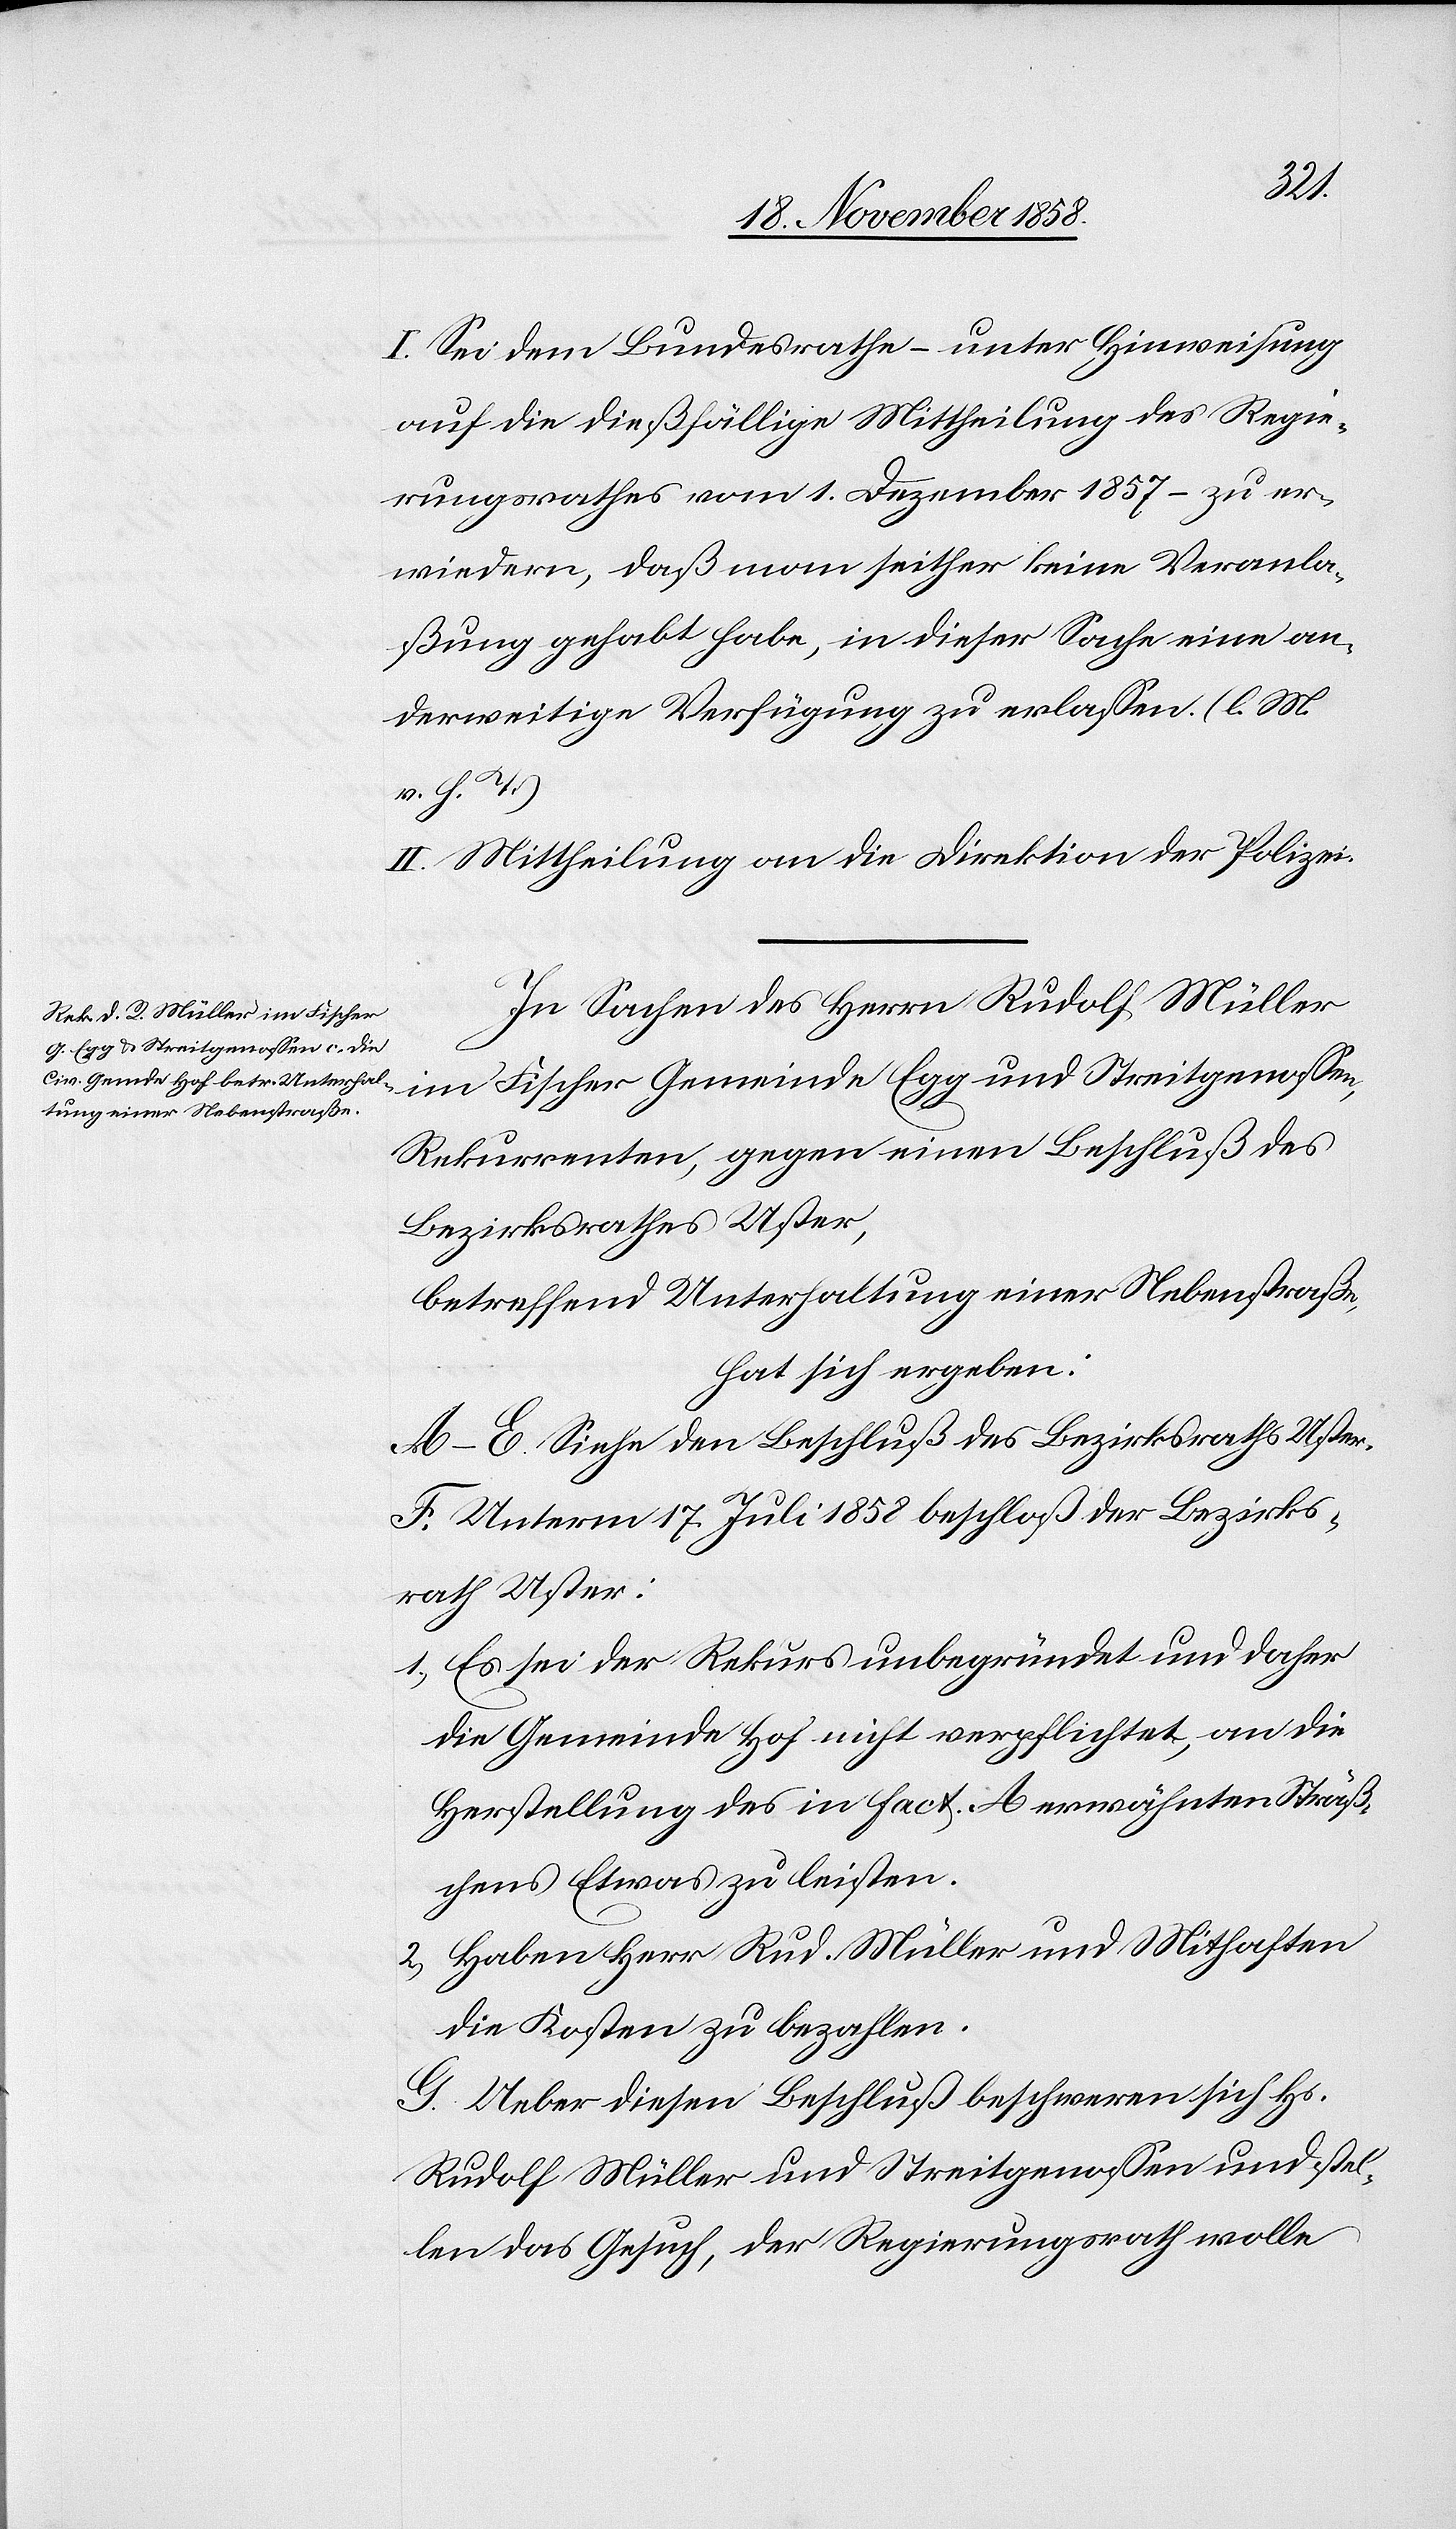
2.)
I. Sei dem Bundesrathe – unter Hinweisung
auf die dießfällige Mittheilung des Regie¬
rungsrathes vom 1. Dezember 1857 – zu er¬
wiedern, daß man seither keine Veranla¬
ßung gehabt habe, in dieser Sache eine an¬
derweitige Verfügung zu erlassen. (l. M.
v. h. T.)
II. Mittheilung an die Direktion der Polizei.
In Sachen des Herrn Rudolf Müller
Rekurrenten, gegen einen Beschluß des
Bezirksrathes Uster,
betreffend Unterhaltung einer Nebenstraße,
hat sich ergeben:
A–E. Siehe den Beschluß des Bezirksraths Uster.
F. Unterm 17. Juli 1858 beschloß der Bezirks¬
rath Uster:
Es sei der Rekurs unbegründet und daher
die Gemeinde Hof nicht verpflichtet, an die
Herstellung des in Fact. A erwähnten Sträß¬
chens Etwas zu leisten.
Haben Herr Rud. Müller und Mithaften
die Kosten zu bezahlen.
G. Ueber diesen Beschluß beschweren sich Hs.
Rudolf Müller und Streitgenossen und stel¬
len das Gesuch, der Regierungsrath wolle